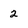
Character: 2